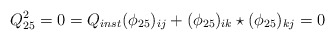
\begin{align*}Q_{25}^2=0=Q_{inst}(\phi_{25})_{ij}+(\phi_{25})_{ik}\star(\phi_{25})_{kj}=0\end{align*}